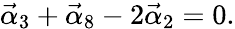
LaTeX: \vec{\alpha}_{3}+\vec{\alpha}_{8}-2\vec{\alpha}_{2}=0.